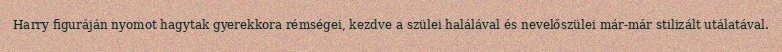
Harry figuráján nyomot hagytak gyerekkora rémségei, kezdve a szülei halálával és nevelőszülei már-már stilizált utálatával.